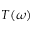
T ( \omega )